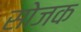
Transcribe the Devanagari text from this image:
सोजक